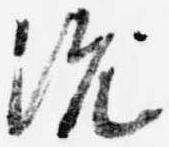
沈